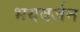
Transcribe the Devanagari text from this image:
भयवर्जन